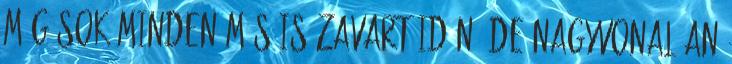
még sok minden más is zavart idén, de nagyvonalúan